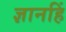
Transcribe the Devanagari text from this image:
ज्ञानहिं